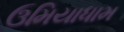
ઉમિયાધામ